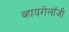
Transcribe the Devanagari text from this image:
व्हायरोलॉजी